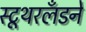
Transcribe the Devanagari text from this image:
स्टूथरलँडने